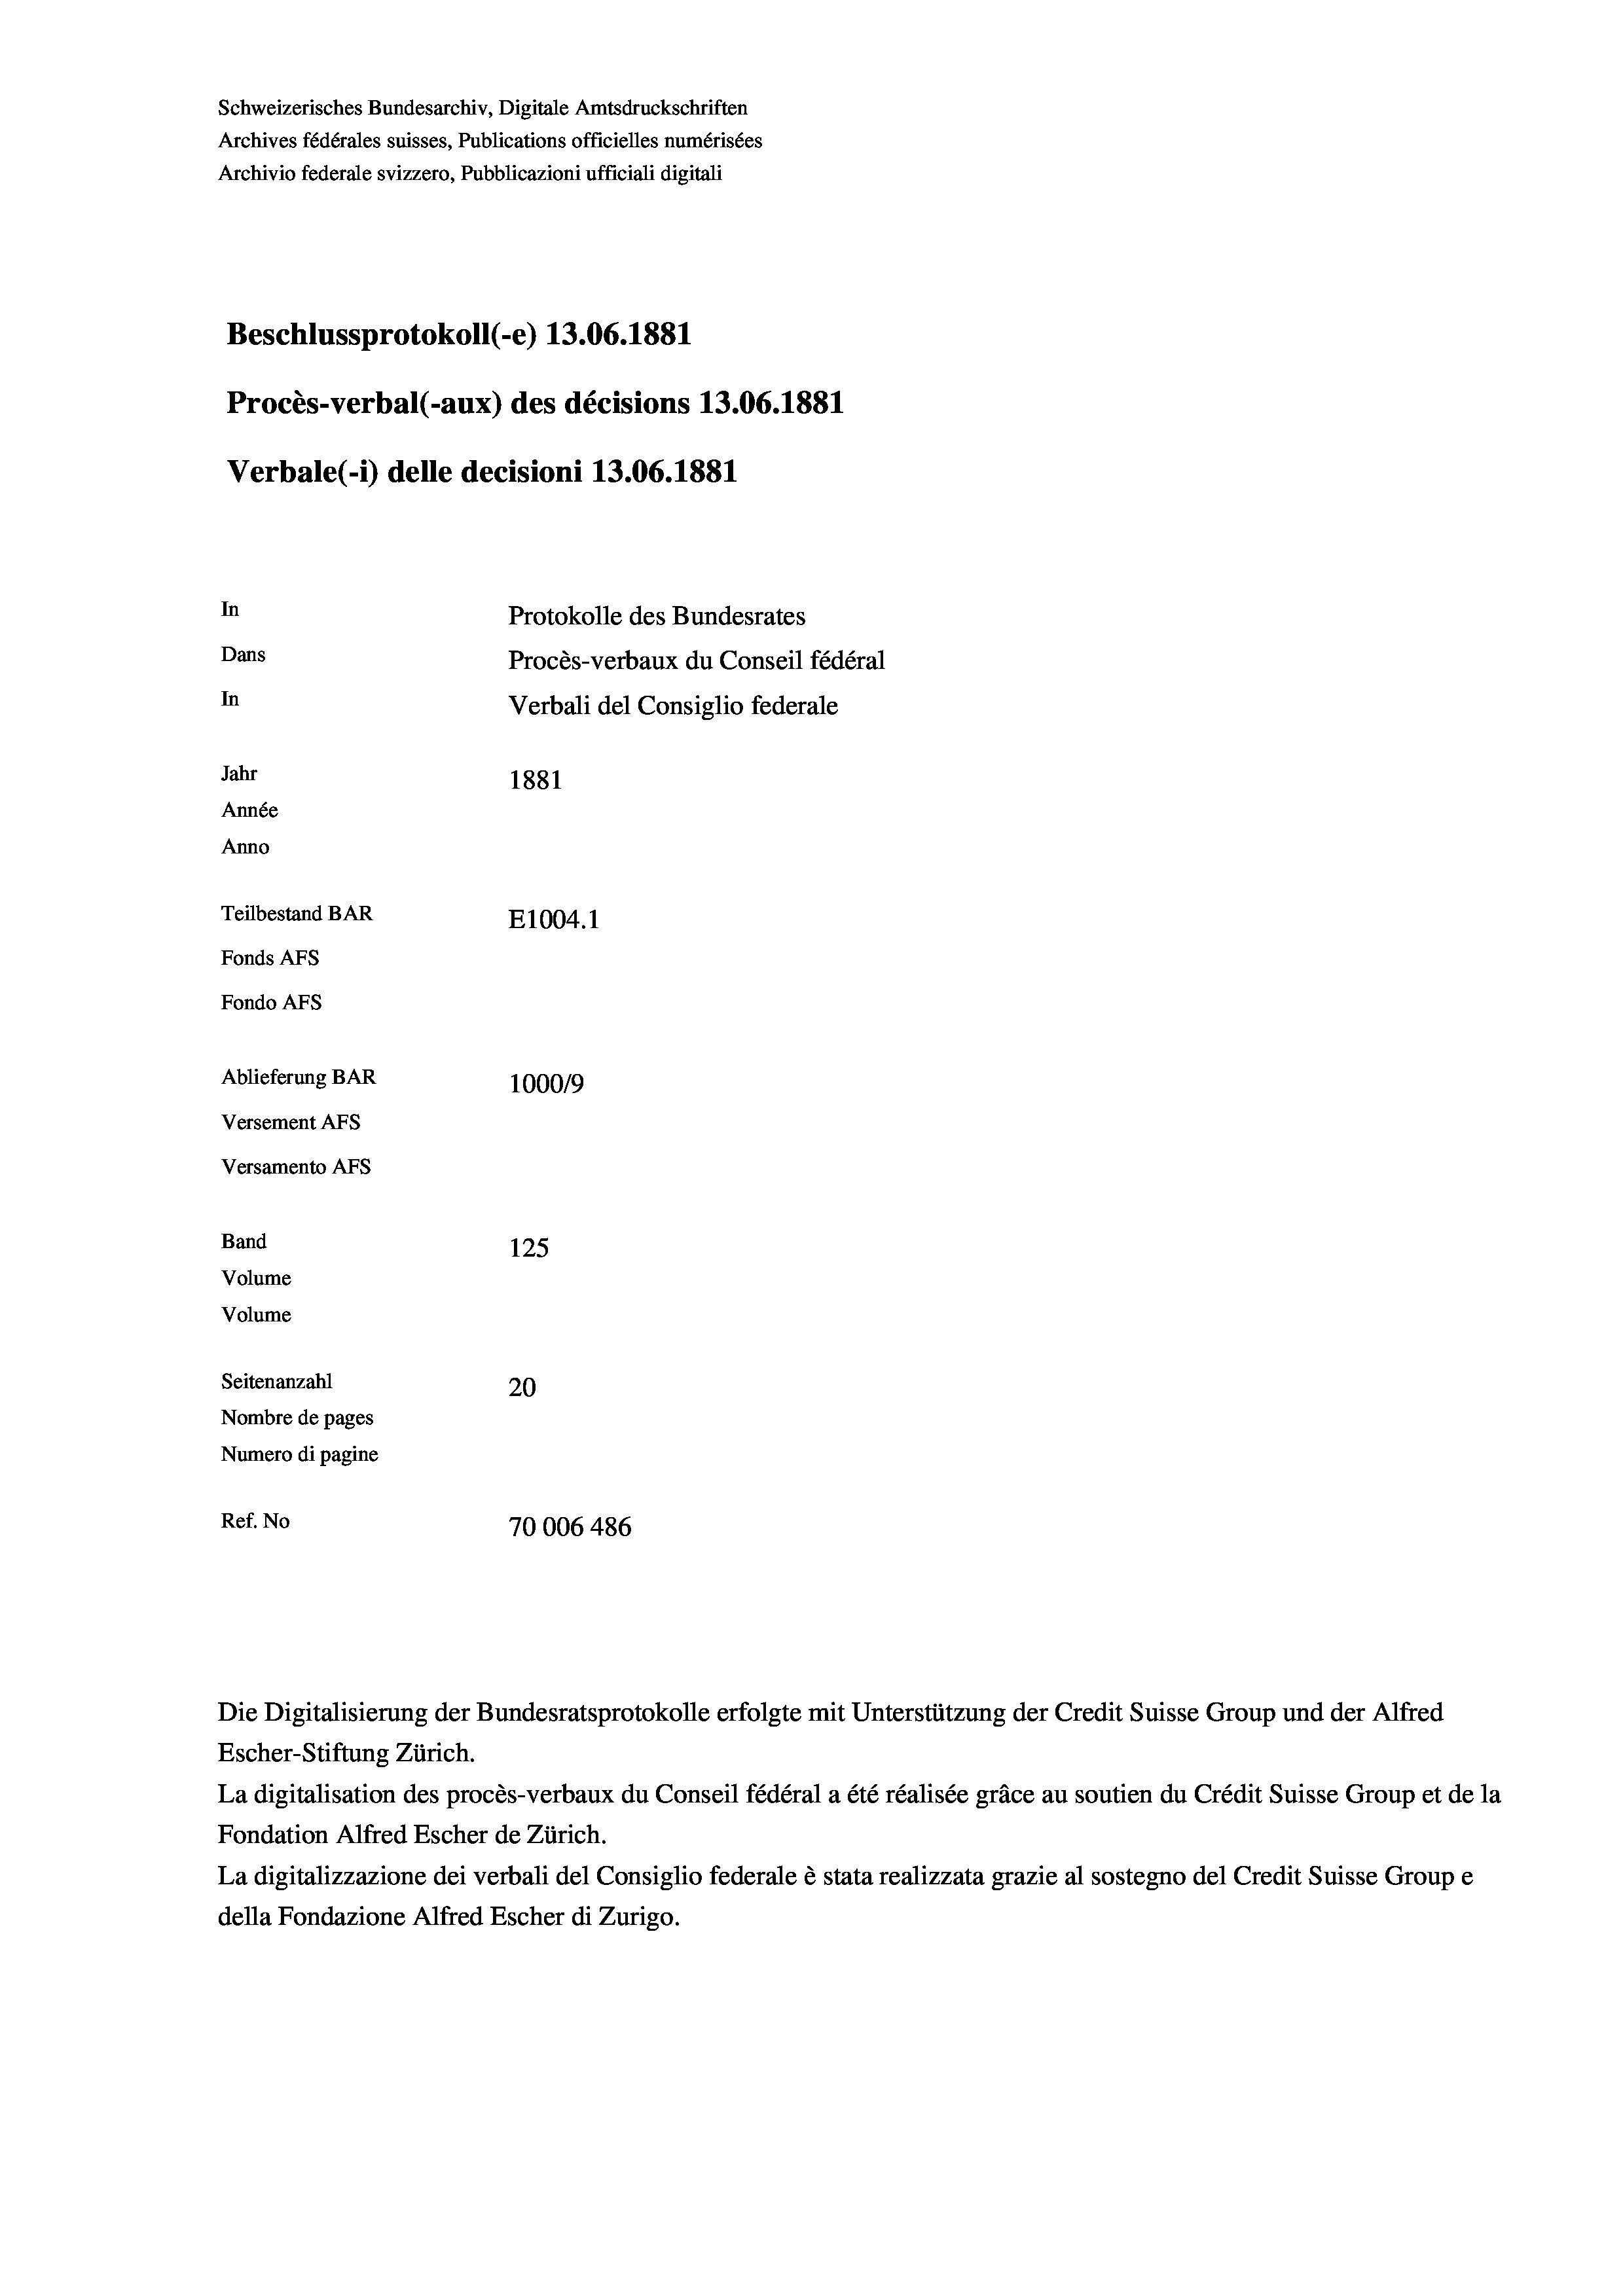
Schweizerisches Bundesarchiv, Digitale Amtsdruckschriften
Archives fédérales suisses, Publications officielles numérisées
Archivio federale svizzero, Pubblicazioni ufficiali digitali
Beschlussprotokoll (-e) 13.06. 1881
Procès-verbal (-aux) des décisions 13.06. 1881
Verbale (- 1) delle decisioni 13.06. 1881

Fonds Afs
Fondo AFs

Anno

In
Dans
In
Jahr
1881
Année
Teilbestand BAR
E1004.1
Ablieferung BAR
1000/9
Versement Abs
Versamento AFs
Band
125
Volume
Volume

Ref. No

Seitenanzahl
20
Nombre de pages
Numero di pagine
70006 486

Protokolle des Bundesrates
Procès-verbaux du Conseil fédéral
Verbali del Consiglio federale

Die Digitalisierung der Bundesratsprotokolle erfolgte mit Unterstützung der Credit Suisse Group und der Alfred
Escher-Stiftung Zürich.
La digitalisation des procès-verbaux du Conseil fédéral a été réalisée gräce au soutien du Crédit Suisse Group et de la
Fondation Alfred Escher de Zürich.
La digitalizzazione dei verbali del Consiglio federale è stata realizzata grazie al sostegno del Credit Suisse Groupe
della Fondazione Alfred Escher di Zurigo.